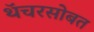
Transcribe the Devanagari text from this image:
थॅचरसोबत